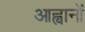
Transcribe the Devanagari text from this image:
आह्वानों